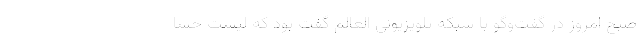
صبح امروز در گفت‌وگو با شبکه تلویزیونی العالم گفت بود که لیست خسا